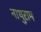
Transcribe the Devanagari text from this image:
नाथुराम